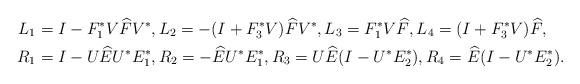
LaTeX: \begin{align*}L_{1}&=I-F_{1}^{\ast}V\widehat{F}V^{\ast},L_{2}=-(I+F_{3}^{\ast}V)\widehat{F}V^{\ast},L_{3}=F_{1}^{\ast}V\widehat{F},L_{4}=(I+F_{3}^{\ast}V)\widehat{F},\\ R_{1}&=I-U\widehat{E}U^{\ast}E_{1}^{\ast},R_{2}=-\widehat{E}U^{\ast}E_{1}^{\ast},R_{3}=U\widehat{E}(I-U^{\ast}E_{2}^{\ast}),R_{4}=\widehat{E}(I-U^{\ast}E_{2}^{\ast}).\end{align*}